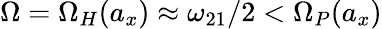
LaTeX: \Omega=\Omega_{H}(a_{x})\approx\omega_{21}/2<\Omega_{P}(a_{x})